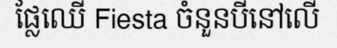
ផ្លែឈើ Fiesta ចំនួនបីនៅលើ